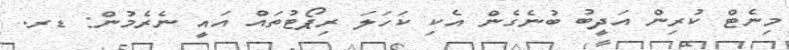
މިނެޓް ކުރިން އަދީބު ބުނެގެން އެކި ކަހަލަ ރިޕޯޓުތައް އައީ ނެރެމުން: ޑރ.